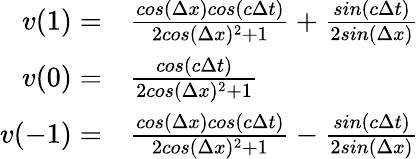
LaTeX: \begin{array}{rl}{v(1)=}&{\frac{cos(\Delta x)cos(c\Delta t)}{2cos(\Delta x)^{2}+1}+\frac{sin(c\Delta t)}{2sin(\Delta x)}}\\ {v(0)=}&{\frac{cos(c\Delta t)}{2cos(\Delta x)^{2}+1}}\\ {v(-1)=}&{\frac{cos(\Delta x)cos(c\Delta t)}{2cos(\Delta x)^{2}+1}-\frac{sin(c\Delta t)}{2sin(\Delta x)}}\end{array}